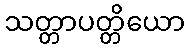
သတ္တာပတ္တိယော